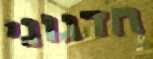
חדגוני